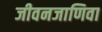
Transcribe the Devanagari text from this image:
जीवनजाणिवा